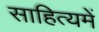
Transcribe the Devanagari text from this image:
साहित्यमें